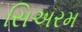
સિઅરમ